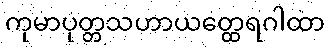
ကုမာပုတ္တသဟာယတ္ထေရဂါထာ